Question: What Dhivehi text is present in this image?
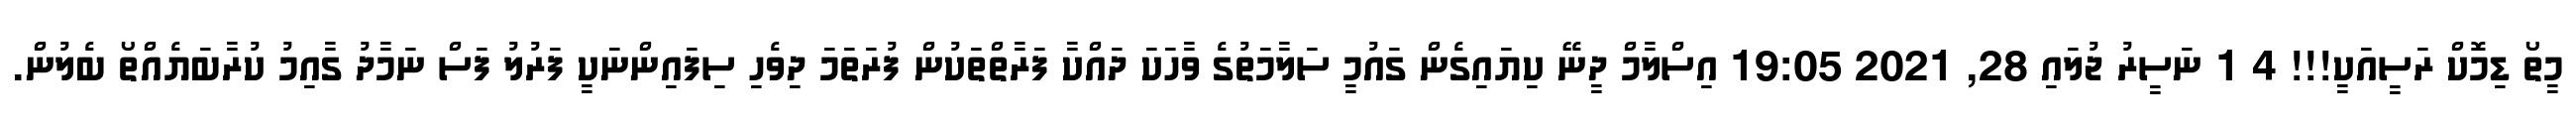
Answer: މީތޯ ޑިމޮކް ރަސީއަކީ!!! 4 1 ނަސީރު ޖުލައި 28, 2021 19:05 އިސްލާމް ދީނޭ ކިޔައިގެން ގައުމީ ސަލާމަތުގެ ވާހަކަ ދައްކާ ފަރާތްތަކުން ފުރަތަމަ ދިވެހި ސިފައިންނަކީ ފަރުލު ފަސް ނަމާދު ގާއިމު ކުރާބަޔެއްތޯ ބެލުން.